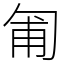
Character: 匍